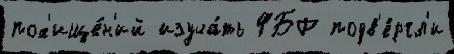
пох'ище́н'ий изуча́ть ФБР подв'е́ргл'и